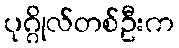
ပုဂ္ဂိုလ်တစ်ဦးက